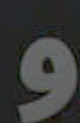
و